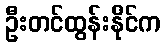
ဦးတင်ထွန်းနိုင်က